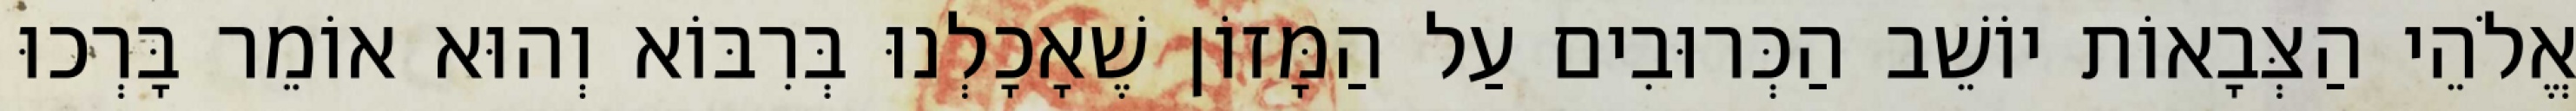
אֱלֹהֵי הַצְּבָאוֹת יוֹשֵׁב הַכְּרוּבִים עַל הַמָּזוֹן שֶׁאָכָלְנוּ בְּרִבּוֹא וְהוּא אוֹמֵר בָּרְכוּ